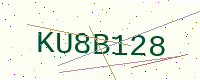
Text: KU8B128